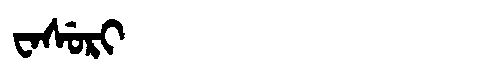
Manchu: ᠸᠠᠰᡠᡵᡳ
Romanization: WASURI